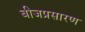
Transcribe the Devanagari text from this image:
बीजप्रसारण